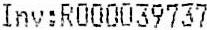
INV:R000039737